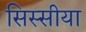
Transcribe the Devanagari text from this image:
सिस्सीया